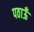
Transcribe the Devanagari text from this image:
पठाऊँ